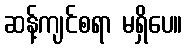
ဆန့်ကျင်စရာ မရှိပေ။